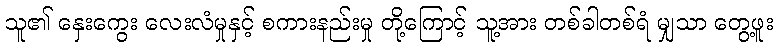
သူ၏ နှေးကွေး လေးလံမှုနှင့် စကားနည်းမှု တို့ကြောင့် သူ့အား တစ်ခါတစ်ရံ မျှသာ တွေ့ဖူး